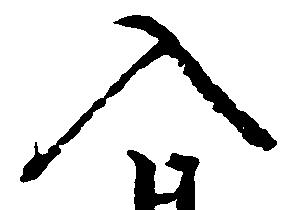
入